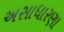
અસાધારણા